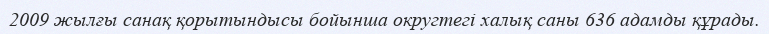
2009 жылғы санақ қорытындысы бойынша округтегі халық саны 636 адамды құрады.